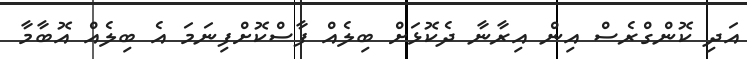
އަދި ކޮންގްރެސް އިން އިރާނާ ދެކޮޅަށް ބިލެއް ފާސްކޮށްފިނަމަ އެ ބިލެއް އޮބާމާ